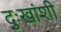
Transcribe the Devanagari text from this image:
दुःखांशी